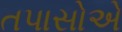
તપાસોએ